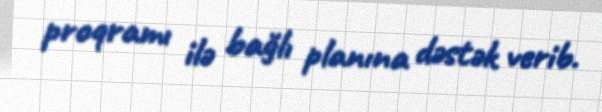
proqramı ilə bağlı planına dəstək verib.